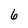
Character: 6